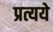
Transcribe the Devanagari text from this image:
प्रत्यये